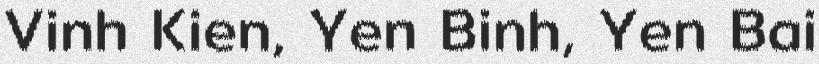
Vinh Kien, Yen Binh, Yen Bai